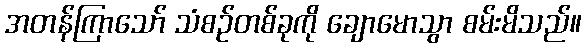
အတန်ကြာသော် သံစဉ်တစ်ခုကို ချောမောသွာ စမ်းမိသည်။